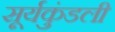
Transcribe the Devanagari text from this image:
सूर्यकुंडली